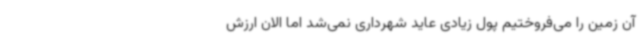
آن زمین را می‌فروختیم پول زیادی عاید شهرداری نمی‌شد اما الان ارزش